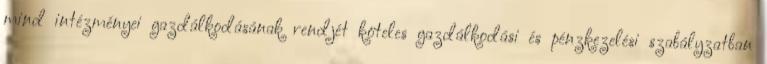
mind intézményei gazdálkodásának rendjét köteles gazdálkodási és pénzkezelési szabályzatban